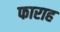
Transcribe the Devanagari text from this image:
फाराह